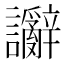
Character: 𫍗